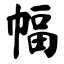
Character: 幅